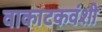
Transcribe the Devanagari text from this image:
वाकाटकवंशी